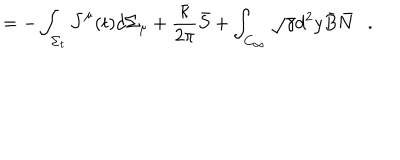
LaTeX: = - \int _ { \Sigma _ { t } } \bar { J } ^ { \mu } ( t ) d \Sigma _ { \mu } + { \frac { \bar { \kappa } } { 2 \pi } } \bar { S } + \int _ { C _ { \infty } } \sqrt { \gamma } d ^ { 2 } y \bar { B } \bar { N } .